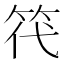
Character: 笩